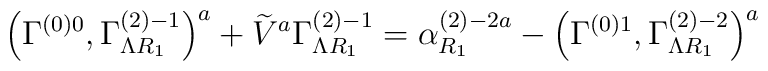
\left( \Gamma _{}^{\left( 0\right) 0},\Gamma _{\Lambda R_1}^{\left(2\right) -1}\right) ^a+\widetilde{V}^a\Gamma _{\Lambda R_1}^{\left( 2\right)-1}=\alpha _{R_1}^{\left( 2\right) -2a}-\left( \Gamma _{}^{\left( 0\right)1},\Gamma _{\Lambda R_1}^{\left( 2\right) -2}\right) ^a